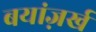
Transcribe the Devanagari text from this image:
बयांज़र्ख